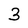
Character: 3